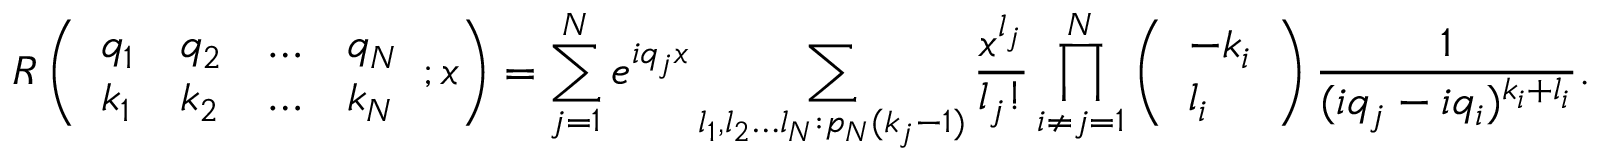
R \left( \begin{array} { l l l l } { q _ { 1 } } & { q _ { 2 } } & { \ldots } & { q _ { N } } \\ { k _ { 1 } } & { k _ { 2 } } & { \ldots } & { k _ { N } } \end{array} ; x \right) = \sum _ { j = 1 } ^ { N } e ^ { i q _ { j } x } \sum _ { l _ { 1 } , l _ { 2 } \ldots l _ { N } : p _ { N } ( k _ { j } - 1 ) } \frac { x ^ { l _ { j } } } { l _ { j } ! } \prod _ { i \neq j = 1 } ^ { N } \left( \begin{array} { l } { - k _ { i } } \\ { l _ { i } } \end{array} \right) \frac { 1 } { ( i q _ { j } - i q _ { i } ) ^ { k _ { i } + l _ { i } } } .